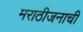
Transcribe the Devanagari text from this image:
मराठीजनाची